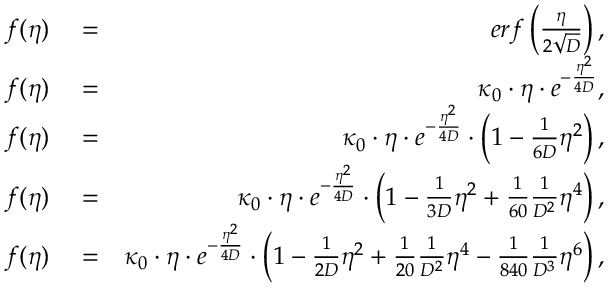
\begin{array} { r l r } { f ( \eta ) } & { { } = } & { e r f \left( { \frac { \eta } { 2 \sqrt { D } } } \right) , } \\ { f ( \eta ) } & { { } = } & { \kappa _ { 0 } \cdot \eta \cdot e ^ { - \frac { \eta ^ { 2 } } { 4 D } } , } \\ { f ( \eta ) } & { { } = } & { \kappa _ { 0 } \cdot \eta \cdot e ^ { - \frac { \eta ^ { 2 } } { 4 D } } \cdot \left( 1 - \frac { 1 } { 6 D } \eta ^ { 2 } \right) , } \\ { f ( \eta ) } & { { } = } & { \kappa _ { 0 } \cdot \eta \cdot e ^ { - \frac { \eta ^ { 2 } } { 4 D } } \cdot \left( 1 - \frac { 1 } { 3 D } \eta ^ { 2 } + \frac { 1 } { 6 0 } \frac { 1 } { D ^ { 2 } } \eta ^ { 4 } \right) , } \\ { f ( \eta ) } & { { } = } & { \kappa _ { 0 } \cdot \eta \cdot e ^ { - \frac { \eta ^ { 2 } } { 4 D } } \cdot \left( 1 - \frac { 1 } { 2 D } \eta ^ { 2 } + \frac { 1 } { 2 0 } \frac { 1 } { D ^ { 2 } } \eta ^ { 4 } - \frac { 1 } { 8 4 0 } \frac { 1 } { D ^ { 3 } } \eta ^ { 6 } \right) , } \end{array}